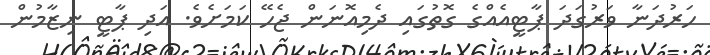
ހަރުދަނާ ވަރުގަދަ ޕާޓީއެއްގެ ގޮތުގައި ދެމިއޮނަން ޖެހޭ ކަމަށެވެ. އަދި ޕާޓީ ނިޒާމުން